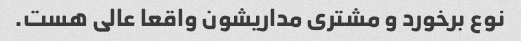
نوع برخورد و مشتری مداریشون واقعا عالی هست.